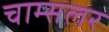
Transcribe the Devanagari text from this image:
चाम्सलर